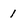
Character: 1